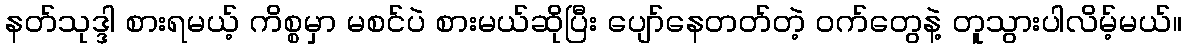
နတ်သုဒ္ဒါ စားရမယ့် ကိစ္စမှာ မစင်ပဲ စားမယ်ဆိုပြီး ပျော်နေတတ်တဲ့ ဝက်တွေနဲ့ တူသွားပါလိမ့်မယ်။